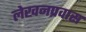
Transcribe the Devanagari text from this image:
लेखनप्रवास